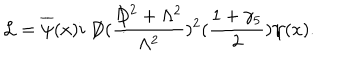
{ \cal L } = \overline { { { \psi } } } ( x ) i \not { \! \! D } ( \frac { \not { \! \! D } ^ { 2 } + \Lambda ^ { 2 } } { \Lambda ^ { 2 } } ) ^ { 2 } ( \frac { 1 + \gamma _ { 5 } } { 2 } ) \psi ( x ) .